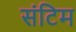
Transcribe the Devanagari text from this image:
संटिम